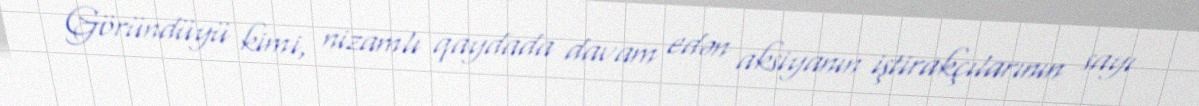
Göründüyü kimi, nizamlı qaydada davam edən aksiyanın iştirakçılarının sayı